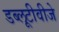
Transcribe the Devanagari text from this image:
डब्लूटीवीजे